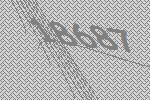
18687